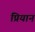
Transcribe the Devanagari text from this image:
प्रियान